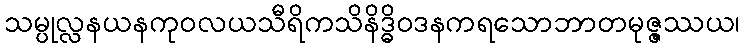
သမ္ပုလ္လနယနကုဝလယသီရိကသိနိဒ္ဓိဝဒနကရသောဘာတမုဇ္ဇဿယ၊